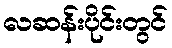
လဆန်းပိုင်းတွင်